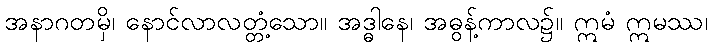
အနာဂတမှိ၊ နောင်လာလတ္တံ့သော။ အဒ္ဓါနေ၊ အဓွန့်ကာလ၌။ ဣမံ ဣမဿ၊